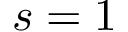
s = 1